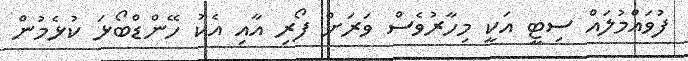
ފުވައްމުލައް ސިޓީ އަކީ މިހާރުވެސް ވަރަށް ފޯރި އާއި އެކު ހޭންޑްބޯޅަ ކުޅެމުން